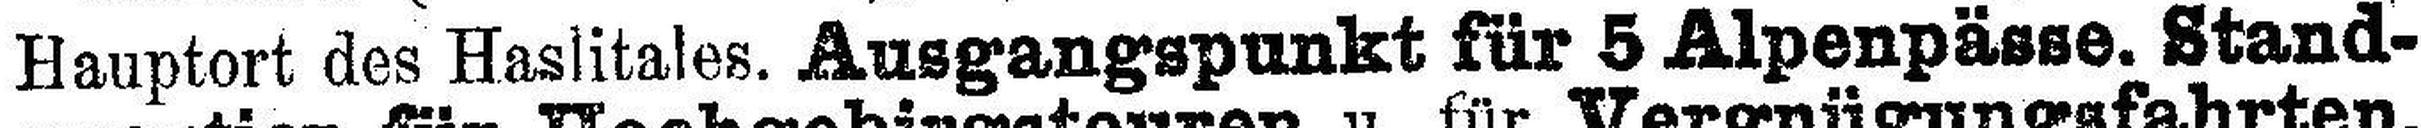
Hauptort des Haslitales. Ausgangspunkt für 5 Alpenpässe. Stand¬